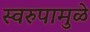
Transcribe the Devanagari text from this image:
स्वरुपामुळे